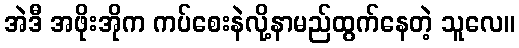
အဲဒီ အဖိုးအိုက ကပ်စေးနဲလို့နာမည်ထွက်နေတဲ့ သူလေ။